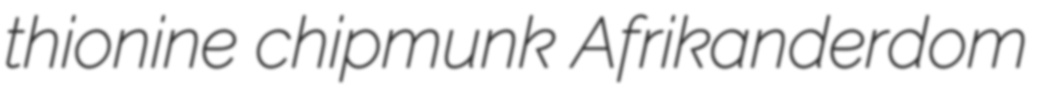
thionine chipmunk Afrikanderdom